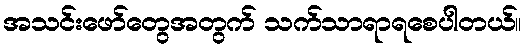
အသင်းဖော်တွေအတွက် သက်သာရာရစေပါတယ်။